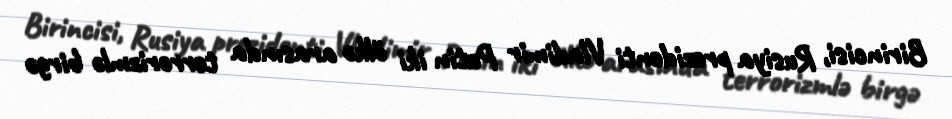
Birincisi, Rusiya prezidenti Vladimir Putin iki ölkə arasında terrorizmlə birgə